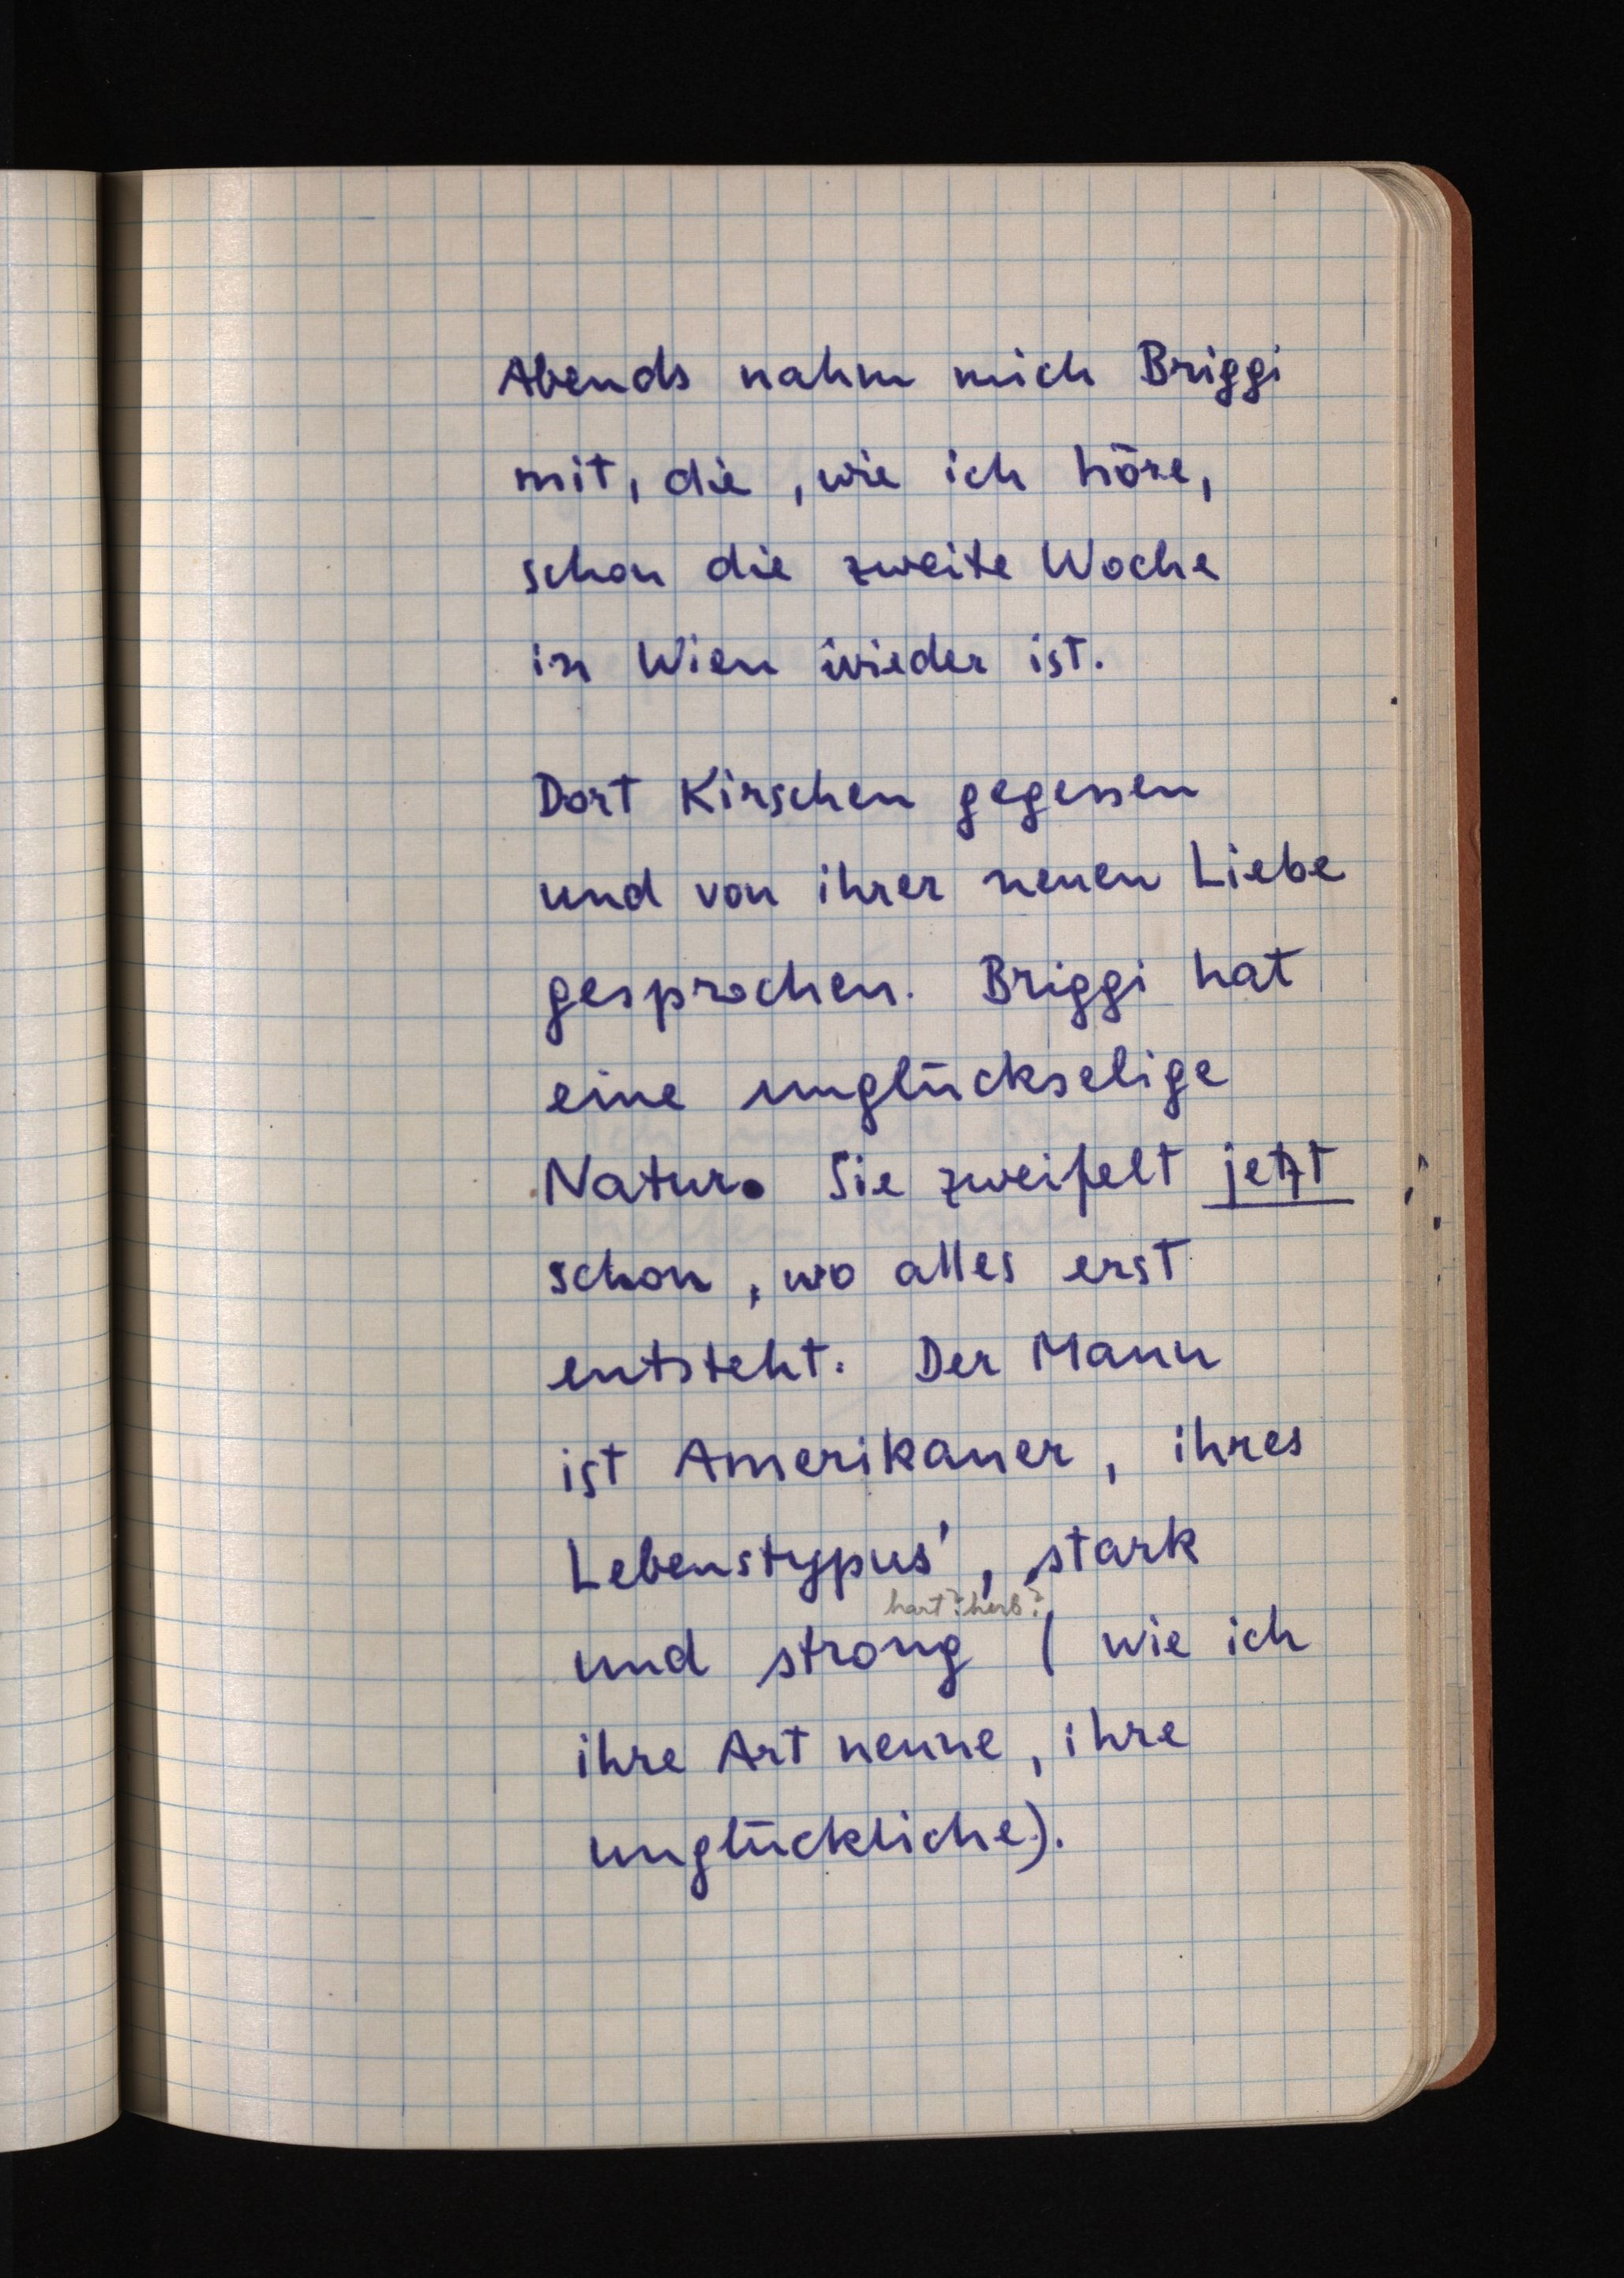
Abends nahm mich Briggi
mit, die, wie ich höre,
schon die zweite Woche
in Wien wieder ist.
Dort Kirschen gegessen
und von ihrer neuen Liebe
gesprochen. Briggi hat
eine unglückselige
Natur. Sie zweifelt jetzt
schon, wo alles erst
entsteht. Der Mann
ist Amerikaner, ihres
Lebenstypus', stark
hart? herb?
und strong (wie ich
ihre Art nenne, ihre
unglückliche.).